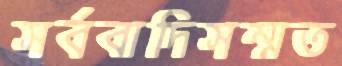
সর্ববাদিসম্মত